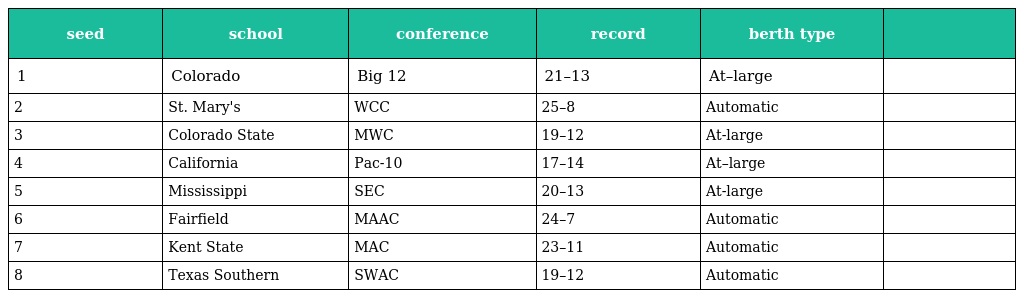
| seed | school | conference | record | berth type |  |
 | --- | --- | --- | --- | --- | --- |
 | 1 | Colorado | Big 12 | 21–13 | At–large |  |
 | 2 | St. Mary's | WCC | 25–8 | Automatic |  |
 | 3 | Colorado State | MWC | 19–12 | At-large |  |
 | 4 | California | Pac-10 | 17–14 | At–large |  |
 | 5 | Mississippi | SEC | 20–13 | At-large |  |
 | 6 | Fairfield | MAAC | 24–7 | Automatic |  |
 | 7 | Kent State | MAC | 23–11 | Automatic |  |
 | 8 | Texas Southern | SWAC | 19–12 | Automatic |  |